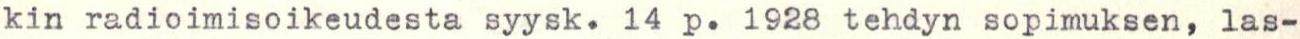
kin radioimisoikeudesta syysk. 14 p. 1928 tehdyn sopimuksen, las-